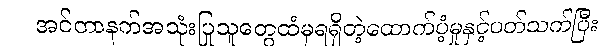
အင်တာနက်အသုံးပြုသူတွေထံမှရရှိတဲ့ထောက်ပံ့မှုနှင့်ပတ်သက်ပြီး